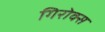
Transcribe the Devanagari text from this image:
गिरोक्स